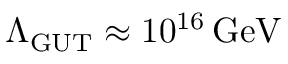
\Lambda _ { \mathrm { G U T } } \approx 1 0 ^ { 1 6 } \, { \mathrm { G e V } }